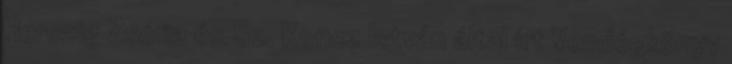
Herczig Zsófia és Sz. Koncz István által írt Vendégkönyv